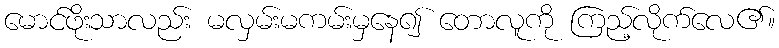
မောင်ဖိုးသာလည်း မလှမ်းမကမ်းမှနေ၍ တောလူကို ကြည့်လိုက်လေ၏။